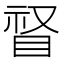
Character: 𱲸